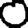
Digit: 0